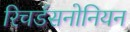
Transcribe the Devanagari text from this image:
रिचर्डसनोनियन